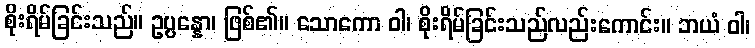
စိုးရိမ်ခြင်းသည်။ ဥပ္ပန္နော၊ ဖြစ်၏။ သောကော ဝါ၊ စိုးရိမ်ခြင်းသည်လည်းကောင်း။ ဘယံ ဝါ၊